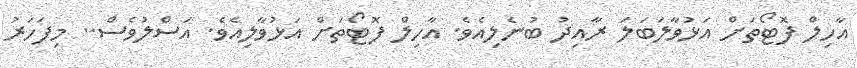
އާހިލް ފޮޓޯތަށް އަޅުވާލަބަލަ ރާއިދު ބުނެލިއެވެ. އާހިލް ފޮޓޯތަށް އަޅުވާލިއެވެ. އަސްލުވެސް.. މިފަހަރު